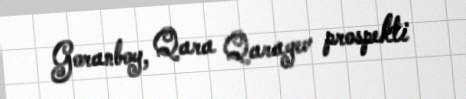
Goranboy, Qara Qarayev prospekti